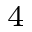
_ 4